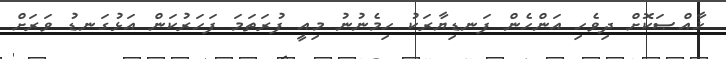
ޚާއްޞަކޮށް ދިވެހި އަންހެން ފަނޑިޔާރަކު ހިމެނުނު މިއީ ފުރަތަމަ ފަހަރުކަން އަޅުގަނޑު ވަރަށް